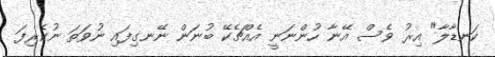
ކަނޑާލާ" އިރު ވެސް އޭނާ ހުންނަނީ އެއްޗެކޭ ބުނަން ނޭނގިފައި ނުވަތަ ނުކެރިފަ